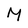
Character: M